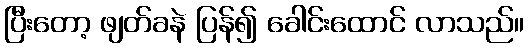
ပြီးတော့ ဖျတ်ခနဲ ပြန်၍ ခေါင်းထောင် လာသည်။